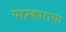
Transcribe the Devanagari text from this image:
याप्रकाराचा